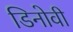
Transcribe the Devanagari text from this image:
डिनोवी